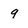
Character: 9